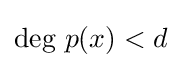
{\text{deg }}p(x)<d